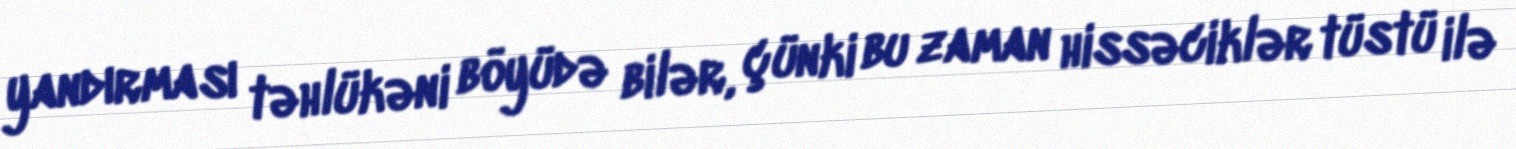
yandırması təhlükəni böyüdə bilər, çünki bu zaman hissəciklər tüstü ilə